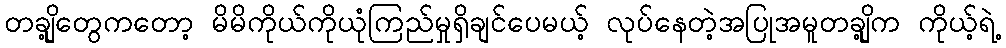
တချို့တွေကတော့ မိမိကိုယ်ကိုယုံကြည်မှုရှိချင်ပေမယ့် လုပ်နေတဲ့အပြုအမူတချို့က ကိုယ့်ရဲ့